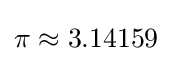
\pi \approx 3.14159